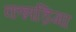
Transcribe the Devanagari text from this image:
कन्नड़िगा